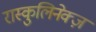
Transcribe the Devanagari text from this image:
रास्कुलिनेक्ज़